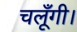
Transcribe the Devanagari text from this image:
चलूँगी।